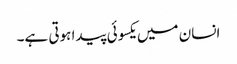
انسان میں یکسوئی پیدا ہوتی ہے۔